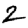
Digit: 2